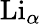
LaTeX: \mathrm{Li}_{\alpha}